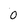
Character: 0